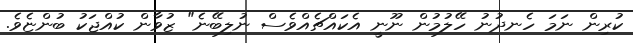
ކުރިން ނަމަ ހެނދުނު ހޭލުމުން ނޫނީ އެކައްޗެއްވެސް ނުލިބޭނެ" ޒުވާން ކުއްޖަކު ބުންޏެވެ.